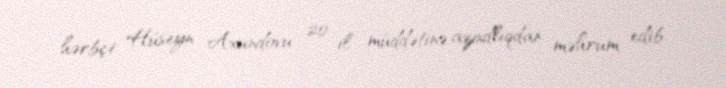
hərbçi Hüseyn Axundovu 20 il müddətinə azadlıqdan məhrum edib.